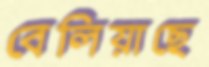
বেলিয়াছে